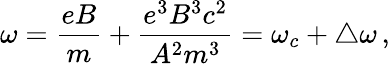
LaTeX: \omega=\frac{eB}{m}+\frac{e^{3}B^{3}c^{2}}{A^{2}m^{3}}=\omega_{c}+\bigtriangleup\omega\, {,}